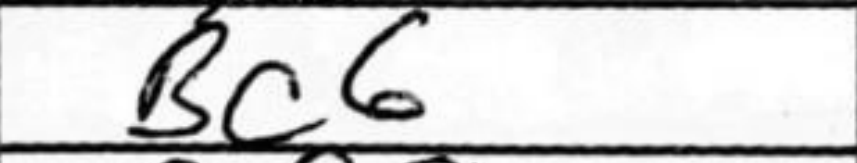
Transcription: Bc6